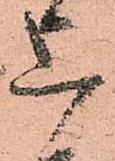
上